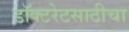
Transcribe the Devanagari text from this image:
डॉक्टरेटसाठीचा